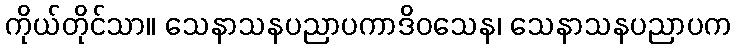
ကိုယ်တိုင်သာ။ သေနာသနပညာပကာဒိဝသေန၊ သေနာသနပညာပက